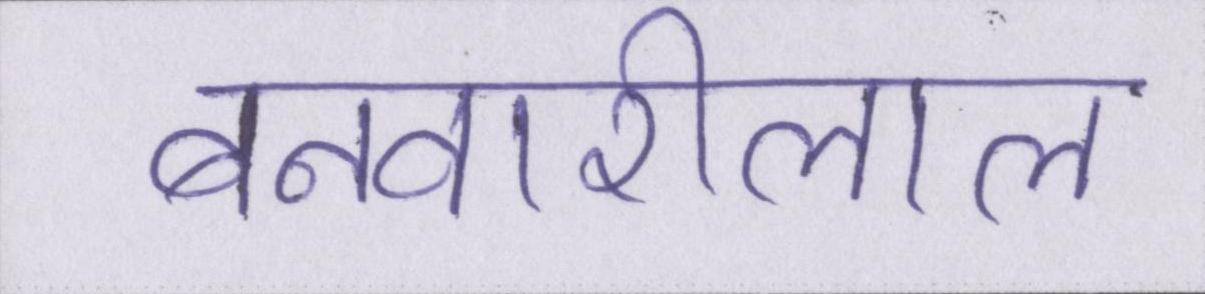
बनवारीलाल